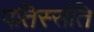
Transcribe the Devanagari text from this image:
पतिस्संति